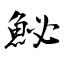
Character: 鮅